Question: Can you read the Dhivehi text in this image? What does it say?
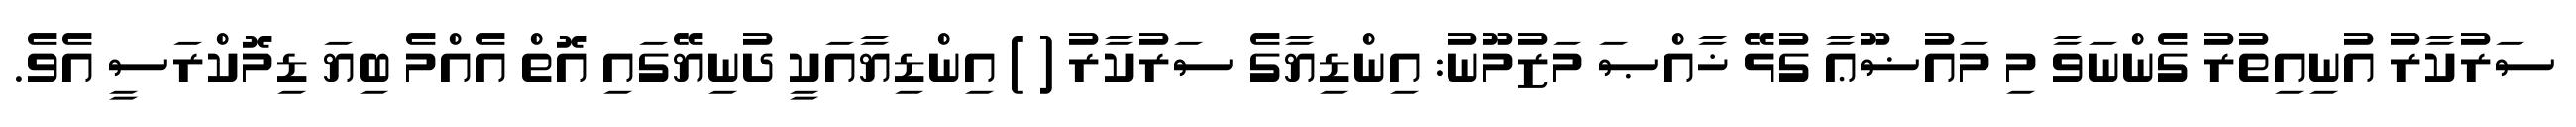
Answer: ސަރުކާރު އުނިއިތުރު ގެންނަވާ މި މައުޟޫޢާ ގުޅޭ ޚާއްޞަ މަޒުމޫނު: އިންޑިޔާގެ ސަރުކާރު ( ) އިންޑިޔާއަކީ ދުނިޔޭގައި އޮތް އެއްމެ ބިޔަ ޑިމޮކްރަސީ އެވެ.